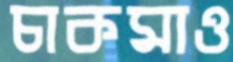
চাকমাও